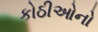
કોઠીઓનો